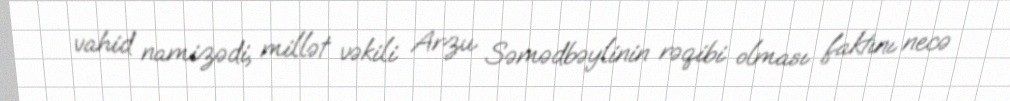
vahid namizədi, millət vəkili Arzu Səmədbəylinin rəqibi olması faktını necə